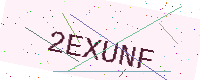
Text: 2EXUNF